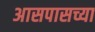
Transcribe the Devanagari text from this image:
अासपासच्या